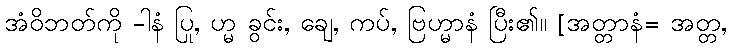
အံဝိဘတ်ကို -ါနံ ပြု, ဟ္မ ခွင်း, ချေ, ကပ်, ဗြဟ္မာနံ ပြီး၏။ [အတ္တာနံ= အတ္တ,